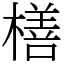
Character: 橏